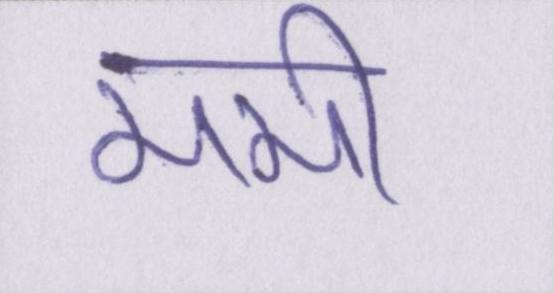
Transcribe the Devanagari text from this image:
ममी